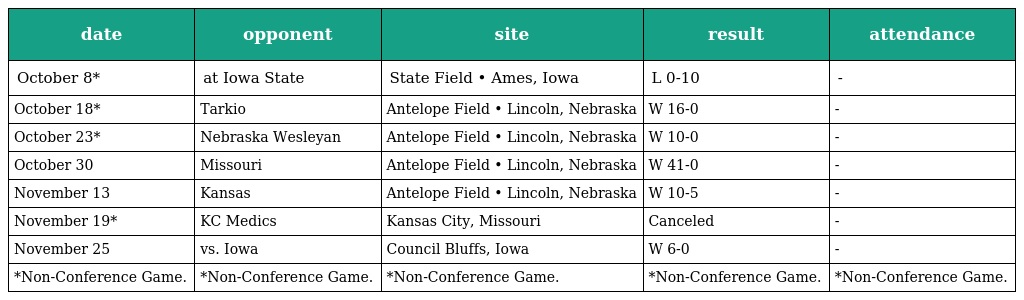
| date | opponent | site | result | attendance |
 | --- | --- | --- | --- | --- |
 | October 8* | at Iowa State | State Field • Ames, Iowa | L 0-10 | - |
 | October 18* | Tarkio | Antelope Field • Lincoln, Nebraska | W 16-0 | - |
 | October 23* | Nebraska Wesleyan | Antelope Field • Lincoln, Nebraska | W 10-0 | - |
 | October 30 | Missouri | Antelope Field • Lincoln, Nebraska | W 41-0 | - |
 | November 13 | Kansas | Antelope Field • Lincoln, Nebraska | W 10-5 | - |
 | November 19* | KC Medics | Kansas City, Missouri | Canceled | - |
 | November 25 | vs. Iowa | Council Bluffs, Iowa | W 6-0 | - |
 | *Non-Conference Game. | *Non-Conference Game. | *Non-Conference Game. | *Non-Conference Game. | *Non-Conference Game. |